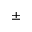
\pm